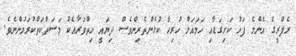
ރެފްރީގެ އެންމެ ފަހު ކަށިގަޑާއި ހަމައަށް ހުރިހާ ކުޅުންތެރިންވެސް ދިޔައީ ހިތްވަރާއެކު މަސަތްކަތްކުރަމުންނެވެ.